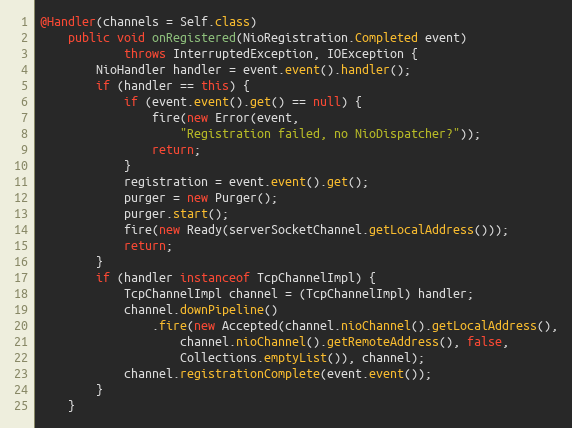
Language: Java
@Handler(channels = Self.class)
    public void onRegistered(NioRegistration.Completed event)
            throws InterruptedException, IOException {
        NioHandler handler = event.event().handler();
        if (handler == this) {
            if (event.event().get() == null) {
                fire(new Error(event,
                    "Registration failed, no NioDispatcher?"));
                return;
            }
            registration = event.event().get();
            purger = new Purger();
            purger.start();
            fire(new Ready(serverSocketChannel.getLocalAddress()));
            return;
        }
        if (handler instanceof TcpChannelImpl) {
            TcpChannelImpl channel = (TcpChannelImpl) handler;
            channel.downPipeline()
                .fire(new Accepted(channel.nioChannel().getLocalAddress(),
                    channel.nioChannel().getRemoteAddress(), false,
                    Collections.emptyList()), channel);
            channel.registrationComplete(event.event());
        }
    }